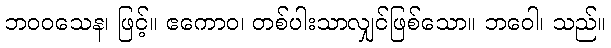
ဘဝဝသေန၊ ဖြင့်။ ဧကောဝ၊ တစ်ပါးသာလျှင်ဖြစ်သော။ ဘဝေါ၊ သည်။